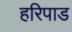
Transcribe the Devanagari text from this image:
हरिपाड